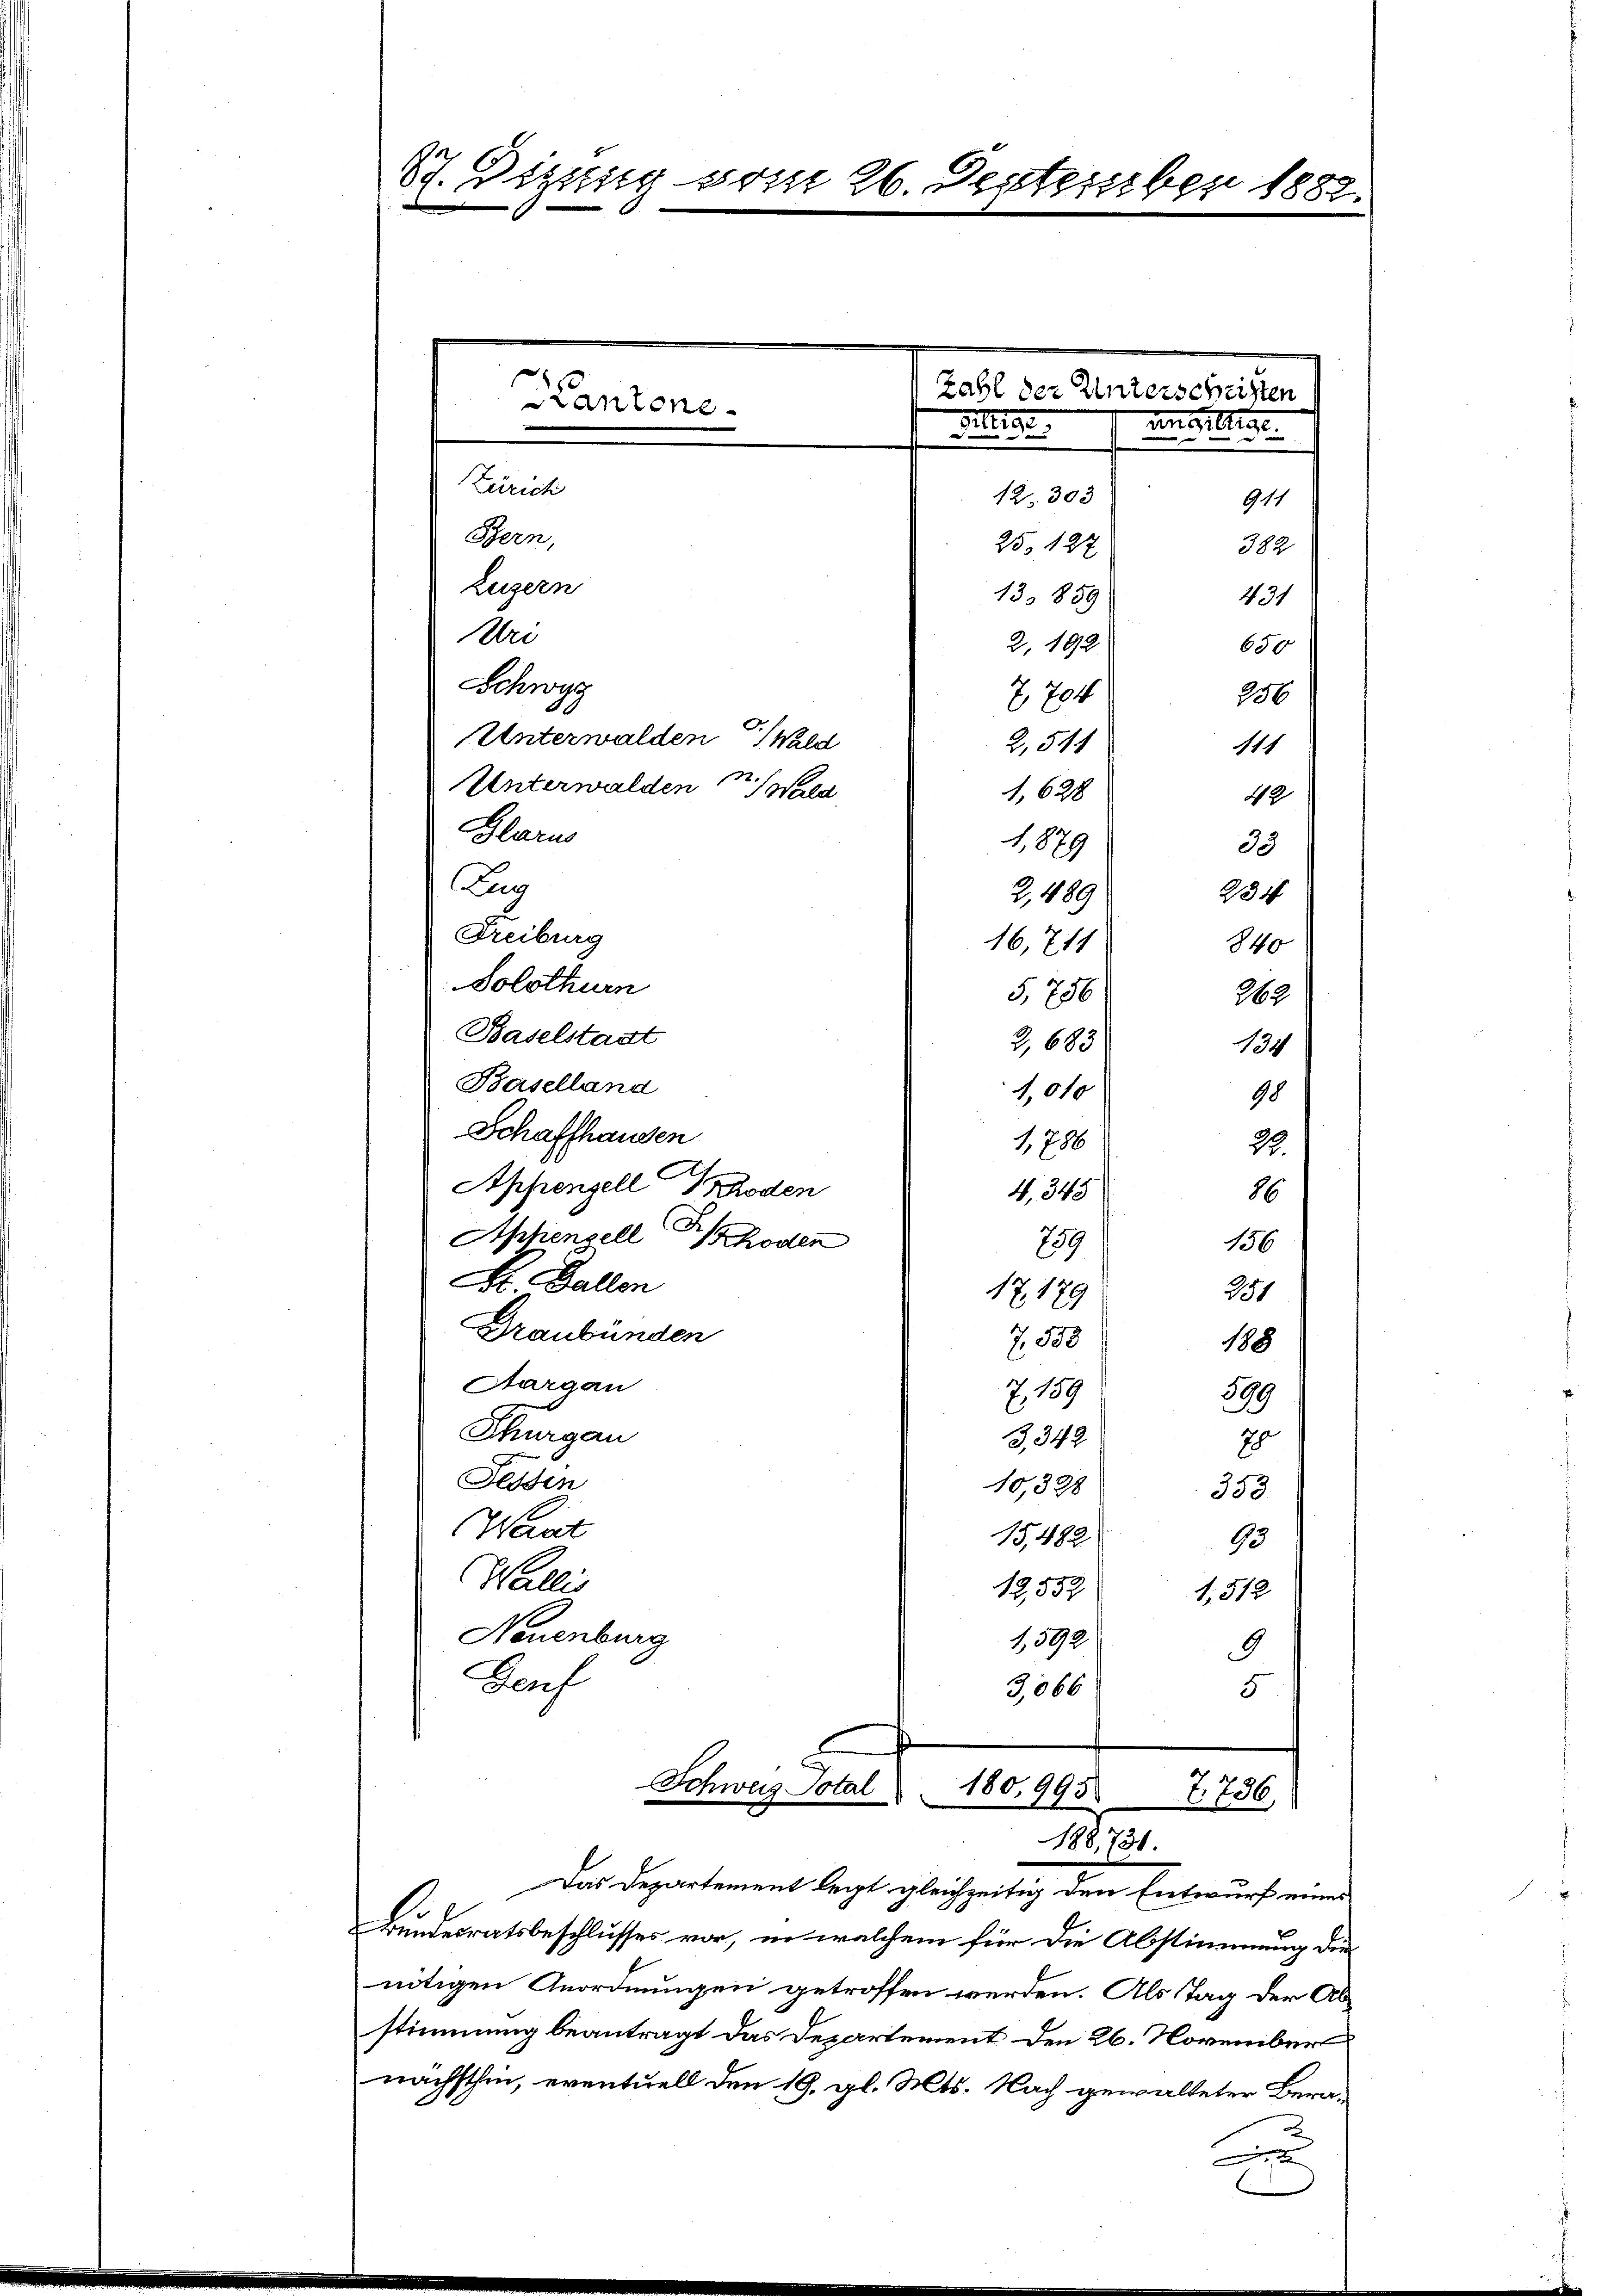
87. Dizung vom 26. September 1882.
e

Kantone

Zürich
12. 303
Bern,
25. 427
Zugern
13. 859
Uri
2, 192.
Schwyz
7, 704
Unterwalden Wald
2,544
Unterwalden Wald
1,628
Glarus
1,879
Aug
2,489
Freiburg
16,711
Solothurn
5,756
Baselstadt
2,683
Baselland
1,010
Schaffhausen
1,788
Appenzell hoden
4, 345
Appenzell hoden
259
Dr. Gallen
17. 179
Graubünden
Z. 500
Aargau
Z. 189
Thurgau
3,342
Fessen
10,338
Want
15,482
Wallis
12,552
Neuenburg
1,592
9
Bach
3066
5
Schweiz Total
180,995
2736
1801.
Das Departement legt gleichzeitig den Entwurf einen
Bundesratsbeschlusses vor, in welchem für die Abstimmung der
nötigen Anordnungen getroffen werden. Als Tag der Abstimmung beantragt das Departement den 26. November
nächsthin, eventuell den 19. gl. Mts. Nach gewalteter Bera¬
A

Zahl der Unterscheiften
an
Silie

911
650
206
111
42
35
234
840
362
124
98
22.
H
156
251
188
599
8
353.
93
1,512

382
431